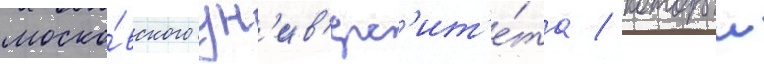
моско́вского ун'ив'ерс'ит'е́та / которыи